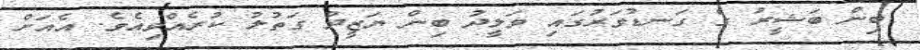
ބިން ބަޝީރު ގެ ގަނޑުވަރުގައި ވަލީދު ބިން ޔަޒީދު ގަތުލު ކުރެއްވިއެވެ. އެއަށް